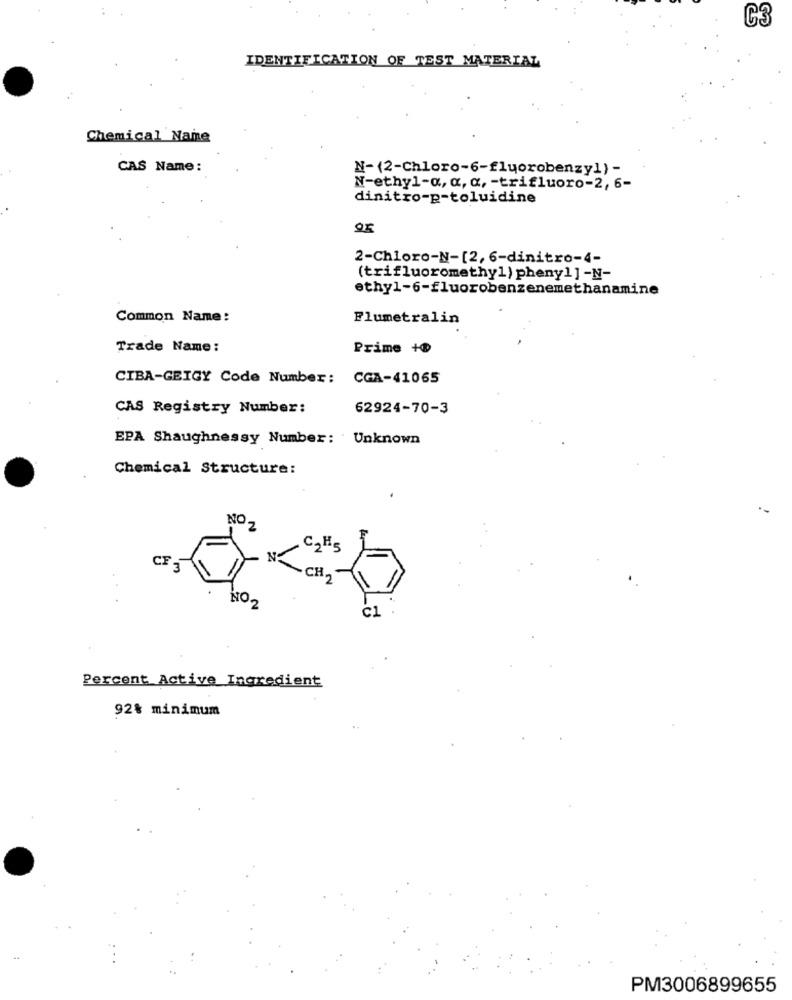
C3
IDENTIFICATION OF TEST MATERIAL
Chemical Name
CAS Name:
N- (2-Chloro-6-fluorobenzy1) -
N-ethyl-a, a, a, - trifluoro-2, 6-
dinitro-p-toluidine
2-Chloro-N-[2, 6-dinitro-4-
(trifluoromethyl) pheny1]-N-
ethyl-6-fluorobenzenemethanamine
Common Name:
Flumetralin
Trade Name:
Prime +®
CIBA-GEIGY Code Number: CGA-41065
CAS Registry Number:
62924-70-3
EPA Shaughnessy Number: Unknown
Chemical Structure:
NO.
2
CE
NO.
Percent Active Ingredient
92% minimum
PM3006899655